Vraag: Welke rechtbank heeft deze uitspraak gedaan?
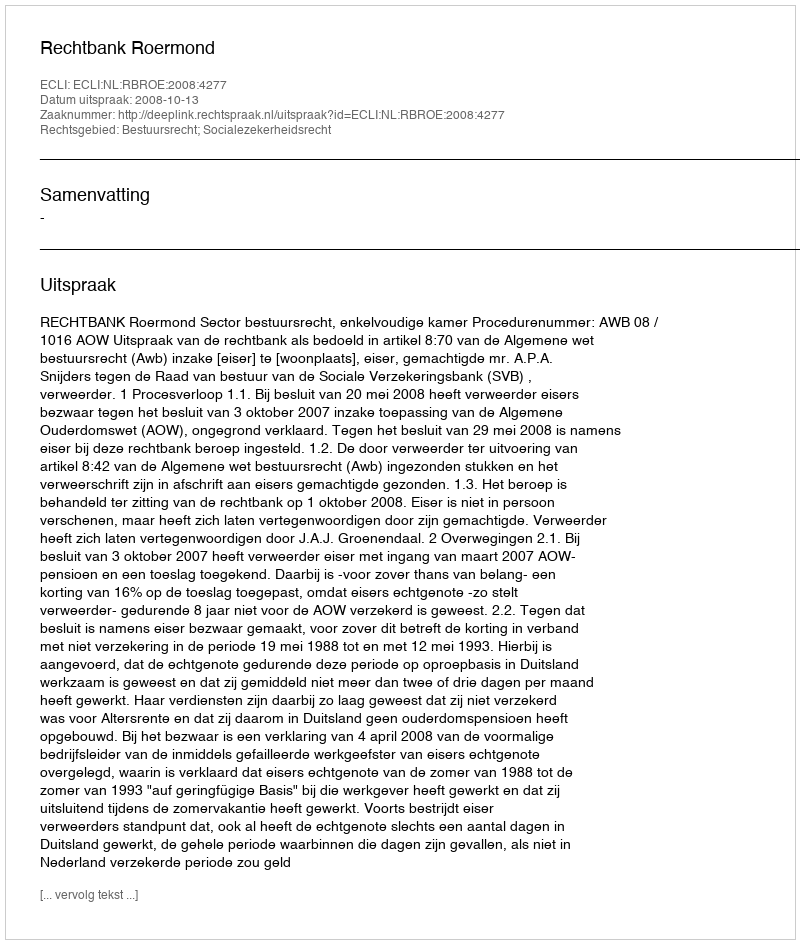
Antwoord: Rechtbank Roermond